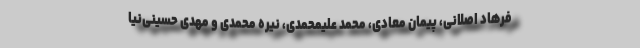
فرهاد اصلانی، پیمان معادی، محمد علیمحمدی، نیره محمدی و مهدی حسینی‌نیا